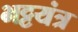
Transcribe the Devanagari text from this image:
भट्टयंत्र